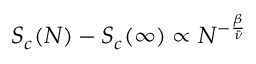
S _ { c } ( N ) - S _ { c } ( \infty ) \propto N ^ { - \frac { \beta } { \bar { \nu } } }